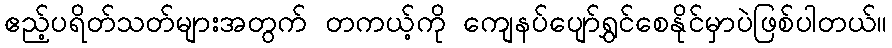
ဧည့်ပရိတ်သတ်များအတွက် တကယ့်ကို ကျေနပ်ပျော်ရွှင်စေနိုင်မှာပဲဖြစ်ပါတယ်။